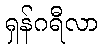
ရှန်ဂရီလာ